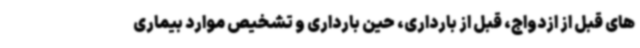
های قبل از ازدواج، قبل از بارداری، حین بارداری و تشخیص موارد بیماری